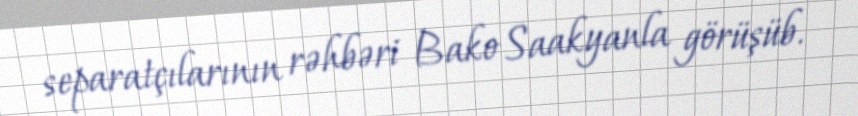
separatçılarının rəhbəri Bako Saakyanla görüşüb.